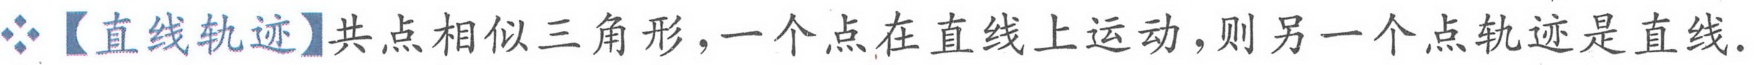
【直线轨迹】共点相似三角形，一个点在直线上运动，则另一个点轨迹是直线.